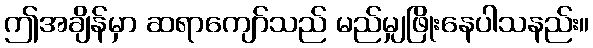
ဤအချိန်မှာ ဆရာကျော်သည် မည်မျှဖြိုးနေပါသနည်း။